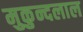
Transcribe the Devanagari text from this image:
मुकुन्दलाल